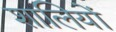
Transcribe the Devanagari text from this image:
शालियों